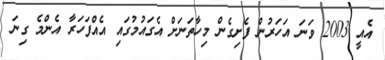
އެއީ 2003 ވަނަ އަހަރުން ފެށިގެން މިހާތަނަށް އެގައުމުގައި އެއްފަހަރާ އެންމެ ގިނަ